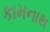
કામનાથ